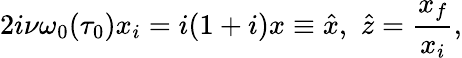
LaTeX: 2i\nu\omega_{0}(\tau_{0})x_{i}=i(1+i)x\equiv\hat{x},\, \, \hat{z}=\frac{x_{f}}{x_{i}},